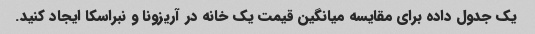
یک جدول داده برای مقایسه میانگین قیمت یک خانه در آریزونا و نبراسکا ایجاد کنید.